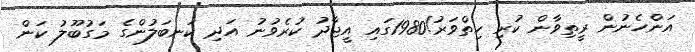
އަންހެނުން ރީތިވާން ކުރި ހިތްވަރު!1980ގައި އީޖާދު ކުރެވުނު އަދި ކަނބަލުންގެ މަގުބޫލު ކަން